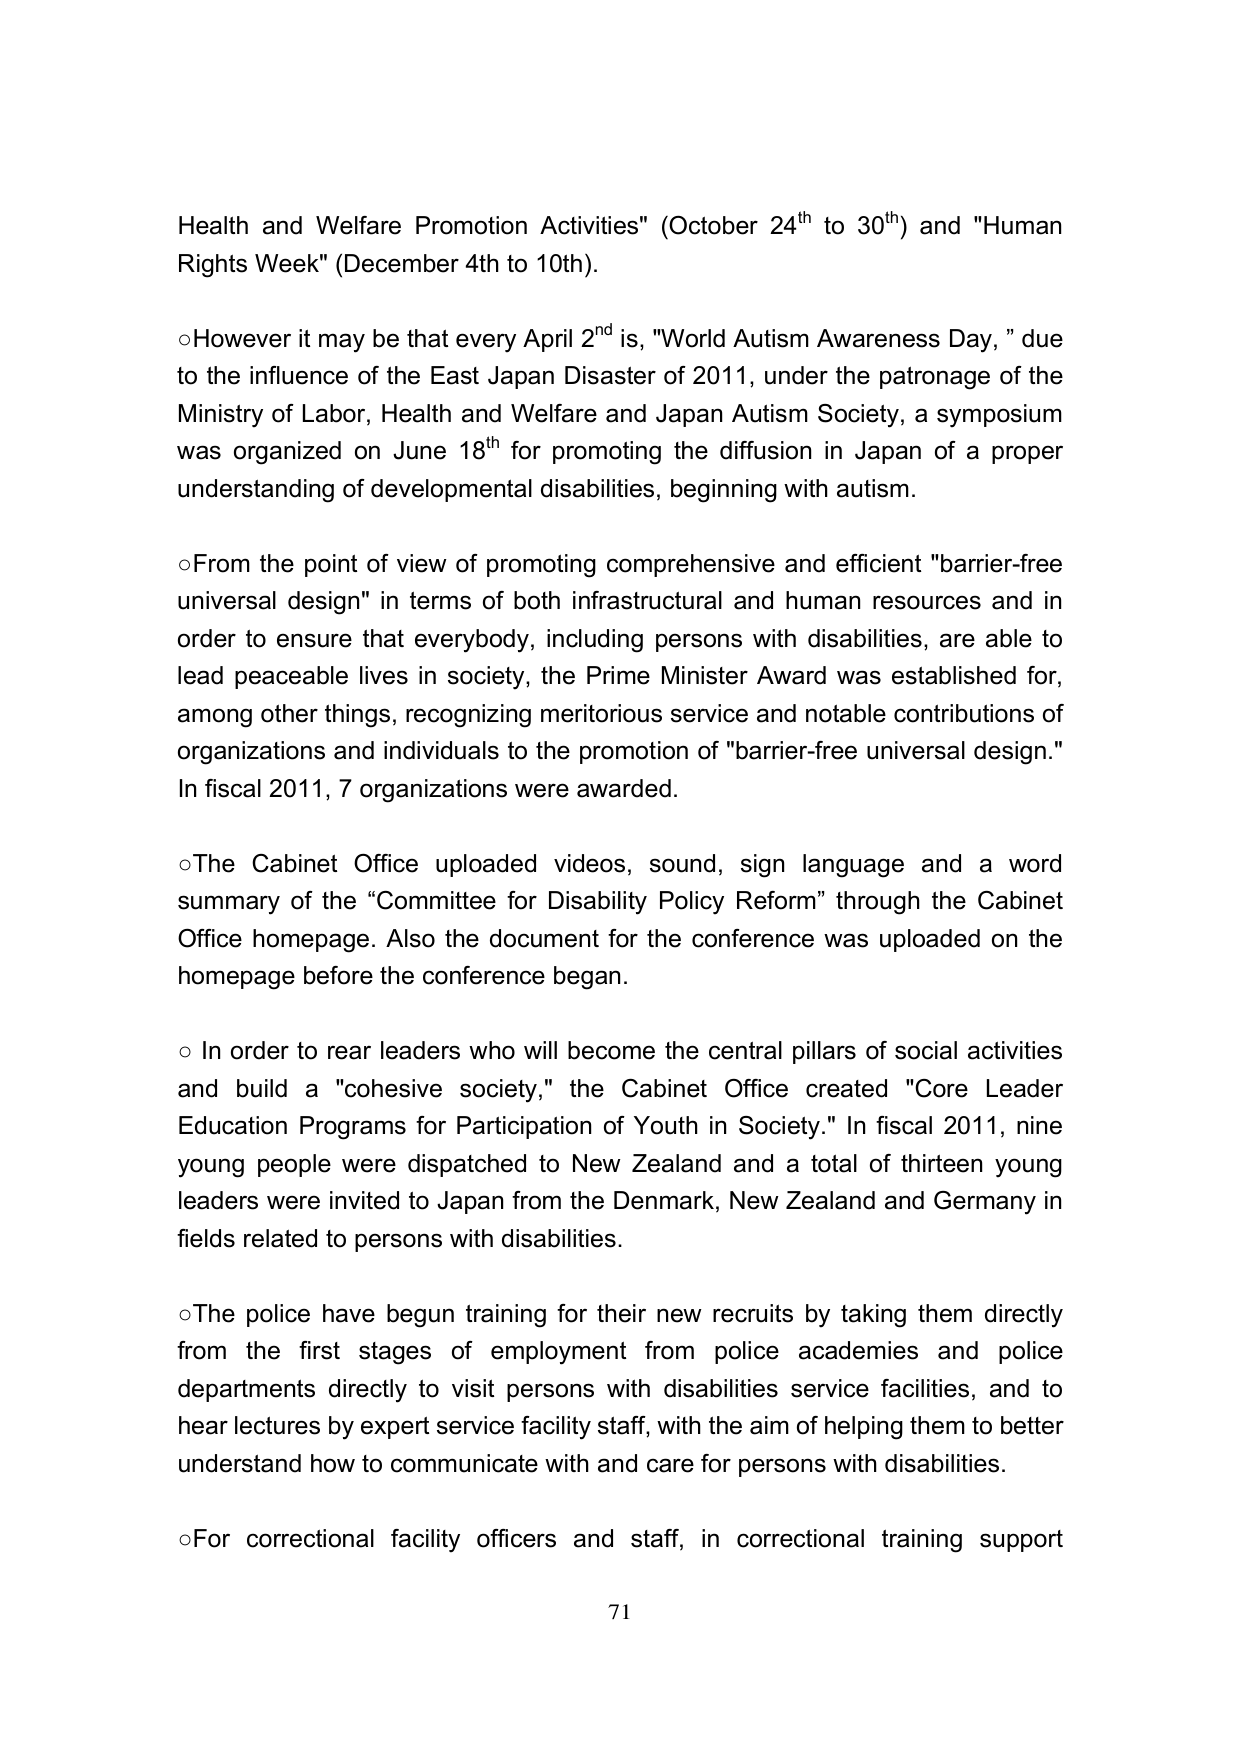
Health and Welfare Promotion Activities" (October 24th to 30th) and "Human Rights Week" (December 4th to 10th).

○However it may be that every April 2nd is, "World Autism Awareness Day," due to the influence of the East Japan Disaster of 2011, under the patronage of the Ministry of Labor, Health and Welfare and Japan Autism Society, a symposium was organized on June 18th for promoting the diffusion in Japan of a proper understanding of developmental disabilities, beginning with autism.

○From the point of view of promoting comprehensive and efficient "barrier-free universal design" in terms of both infrastructural and human resources and in order to ensure that everybody, including persons with disabilities, are able to lead peaceable lives in society, the Prime Minister Award was established for, among other things, recognizing meritorious service and notable contributions of organizations and individuals to the promotion of "barrier-free universal design." In fiscal 2011, 7 organizations were awarded.

○The Cabinet Office uploaded videos, sound, sign language and a word summary of the “Committee for Disability Policy Reform” through the Cabinet Office homepage. Also the document for the conference was uploaded on the homepage before the conference began.

○ In order to rear leaders who will become the central pillars of social activities and build a "cohesive society," the Cabinet Office created "Core Leader Education Programs for Participation of Youth in Society." In fiscal 2011, nine young people were dispatched to New Zealand and a total of thirteen young leaders were invited to Japan from the Denmark, New Zealand and Germany in fields related to persons with disabilities.

○The police have begun training for their new recruits by taking them directly from the first stages of employment from police academies and police departments directly to visit persons with disabilities service facilities, and to hear lectures by expert service facility staff, with the aim of helping them to better understand how to communicate with and care for persons with disabilities.

○For correctional facility officers and staff, in correctional training support

71